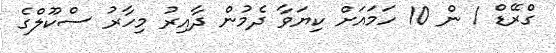
ގްރޭޑް 1 ން 10 ހަމައަށް ކިޔަވާ ދެމުން ދާއިރު މިހާރު ސްކޫލްގެ